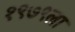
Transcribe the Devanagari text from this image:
१९७९ला